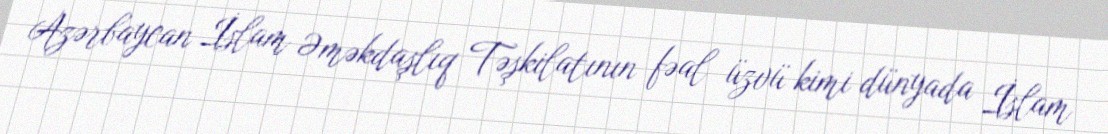
Azərbaycan İslam Əməkdaşlıq Təşkilatının fəal üzvü kimi dünyada İslam